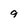
Character: 9